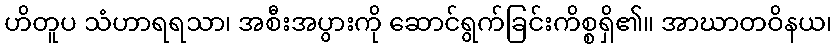
ဟိတူပ သံဟာရရသာ၊ အစီးအပွားကို ဆောင်ရွက်ခြင်းကိစ္စရှိ၏။ အာဃာတဝိနယ၊